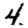
Digit: 4